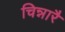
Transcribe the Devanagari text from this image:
चिन्नारै